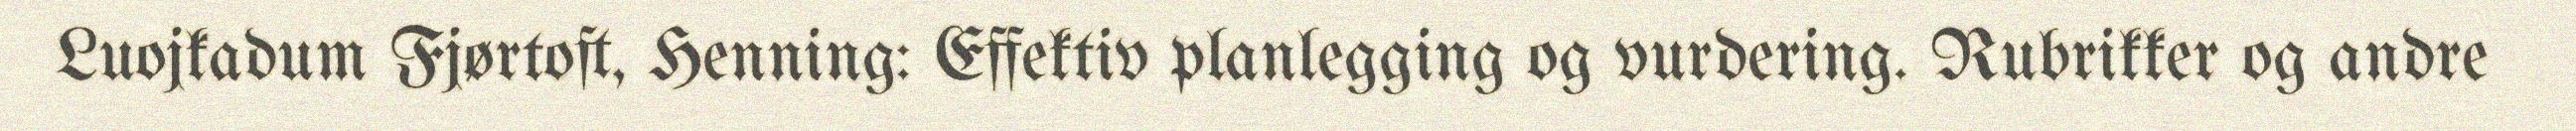
Luojkadum Fjørtoft, Henning: Effektiv planlegging og vurdering. Rubrikker og andre